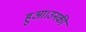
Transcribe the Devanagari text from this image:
हुआ।उनकी